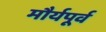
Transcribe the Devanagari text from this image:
मौर्यपूर्व